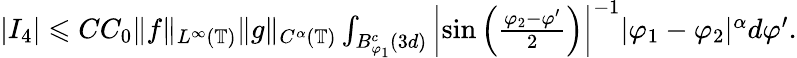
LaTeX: \begin{array}{r}{|I_{4}|\leqslant CC_{0}\| f\| _{L^{\infty}(\mathbb{T})}\| g\| _{C^{\alpha}(\mathbb{T})}\int_{B_{\varphi_{1}}^{c}(3d)}\left|\sin\left(\frac{\varphi_{2}-\varphi^{\prime}}{2}\right)\right|^{-1}|\varphi_{1}-\varphi_{2}|^{\alpha}d\varphi^{\prime}.}\end{array}